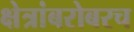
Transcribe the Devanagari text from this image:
क्षेत्रांबरोबरच